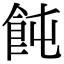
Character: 飩